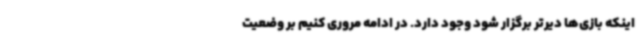
اینکه بازی‌ها دیرتر برگزار شود وجود دارد. در ادامه مروری کنیم بر وضعیت